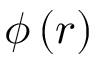
\phi \left( r \right)